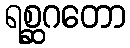
ရစ္ဆဂတော